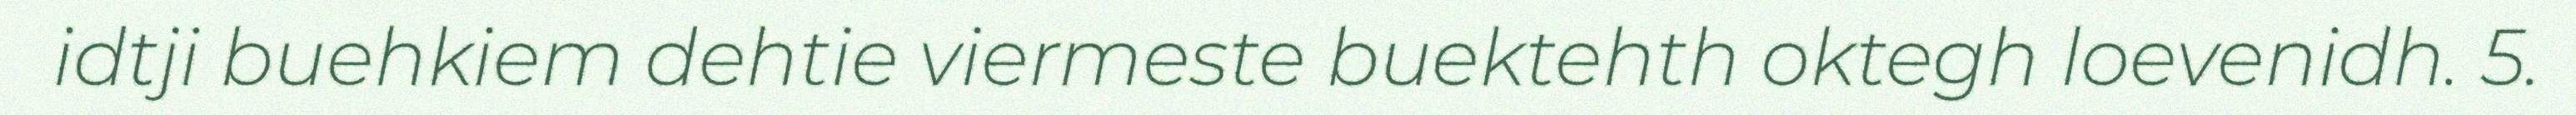
idtji buehkiem dehtie viermeste buektehth oktegh loevenidh. 5.